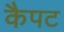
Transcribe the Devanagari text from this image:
कैपट